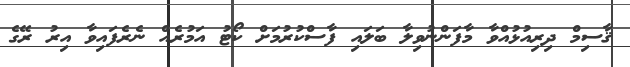
ޤާސިމް ދިރިއުޅުއްވާ މާފަންނުވިލާ ބަލައި ފާސްކުރުމަށް ކޯޓު އަމުރެއް ނެރެފައިވާ އިރު ރޭގެ